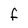
Character: f